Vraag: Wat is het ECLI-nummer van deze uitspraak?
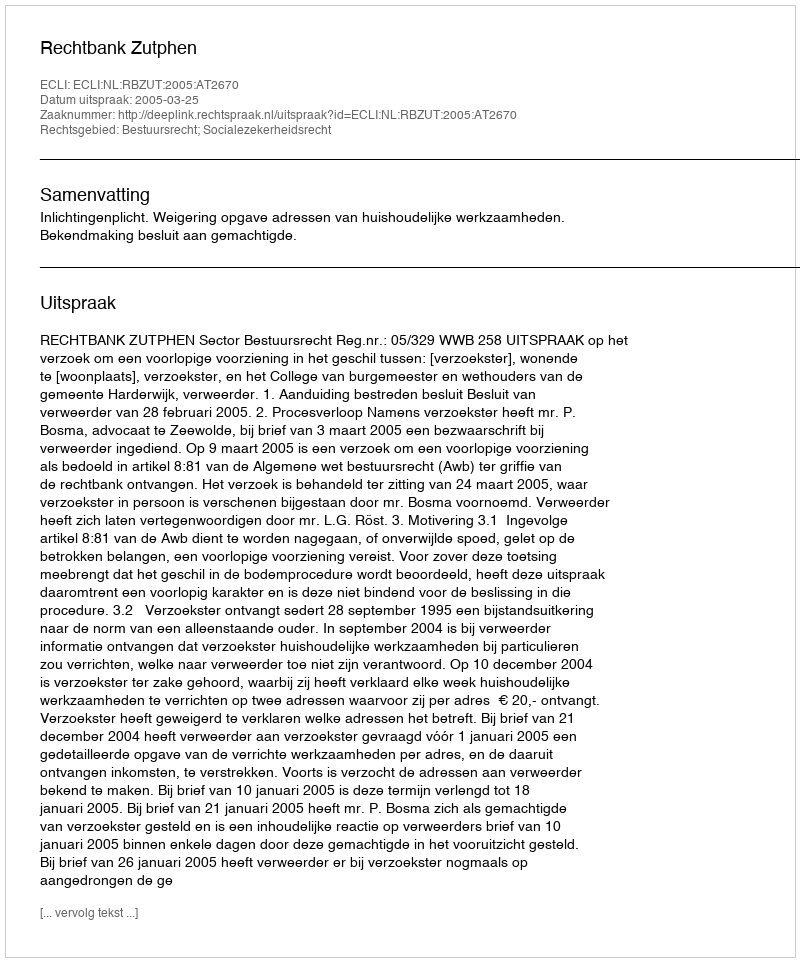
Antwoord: ECLI:NL:RBZUT:2005:AT2670